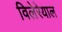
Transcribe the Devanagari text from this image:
विलेरेयाल